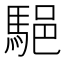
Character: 䣖